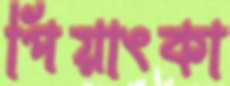
পিয়াংকা